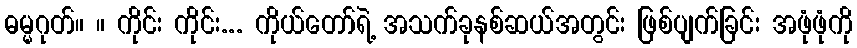
ဓမ္မဂုတ်။ ။ ကိုင်း ကိုင်း... ကိုယ်တော်ရဲ့ အသက်ခုနစ်ဆယ်အတွင်း ဖြစ်ပျက်ခြင်း အဖုံဖုံကို